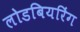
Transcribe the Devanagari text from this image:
लोडबियरिंग